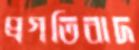
প্রগতিবাদ